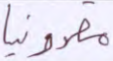
مقدونيا